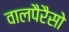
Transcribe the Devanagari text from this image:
वालपैरैसो